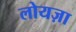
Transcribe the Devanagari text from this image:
लोयज़ा